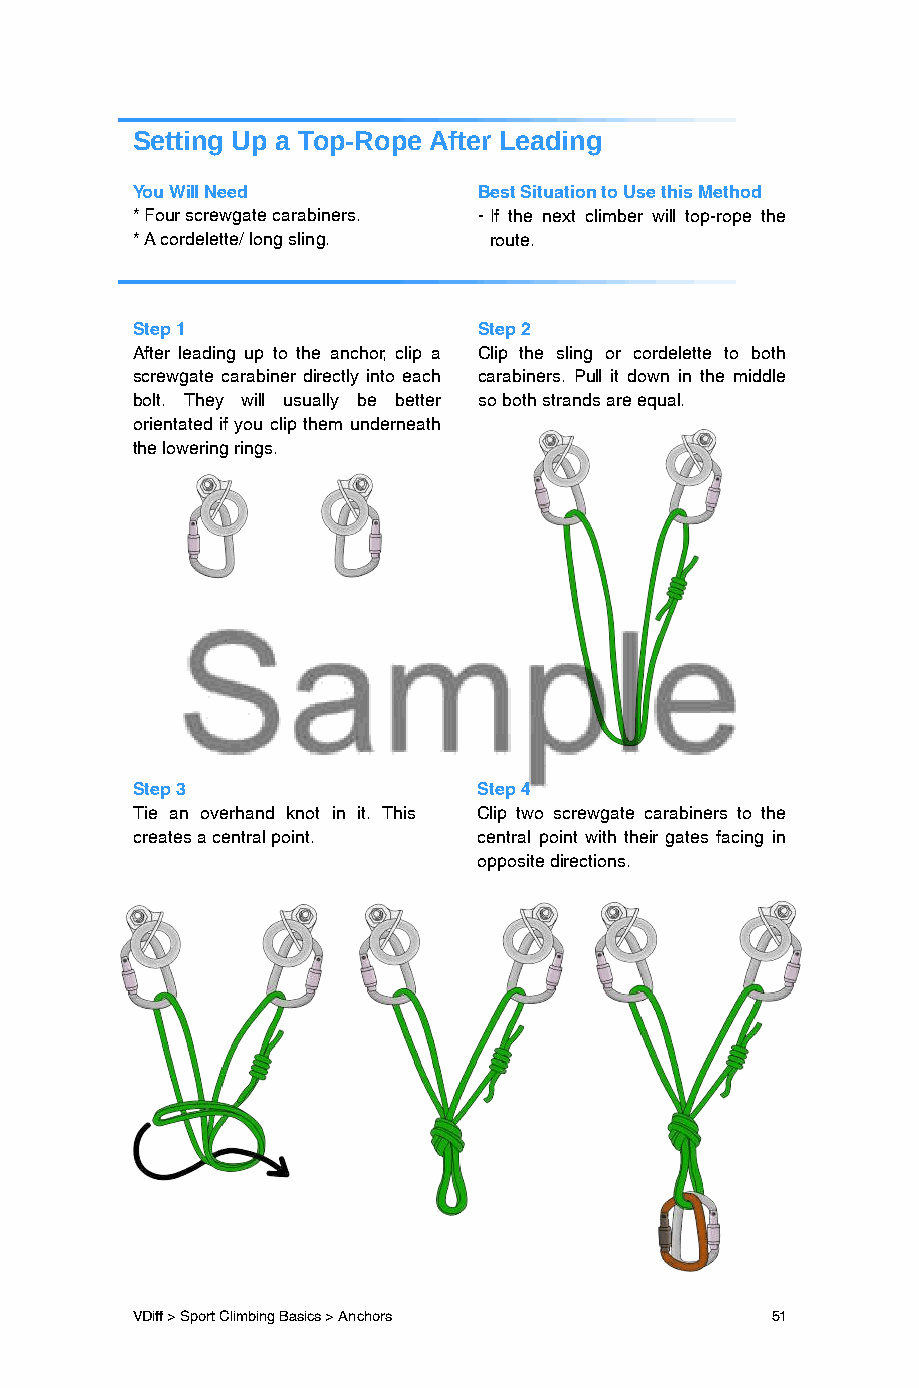
Setting Up a Top-Rope After Leading
 You Will Need          Best Situation to Use this Method
 * Four screwgate carabiners. - If the next climber will top-rope the
 * A cordelette/ long sling. route.
 Step 1                 Step 2
 After leading up to the anchor, clip a Clip the sling or cordelette to both
 screwgate carabiner directly into each carabiners. Pull it down in the middle
 bolt. They will usually be better so both strands are equal.
 orientated if you clip them underneath
 the lowering rings.
 Step 3                 Step 4
 Tie an overhand knot in it. This Clip two screwgate carabiners to the
 creates a central point. central point with their gates facing in
 opposite directions.
 VDiff > Sport Climbing Basics > Anchors   51